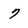
Character: 7